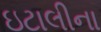
ઇટાલીના